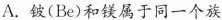
A.铍(Be)和镁属于同一个族